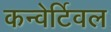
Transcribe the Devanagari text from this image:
कन्वेर्टिवल